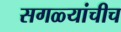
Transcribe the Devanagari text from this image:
सगळ्यांचीच